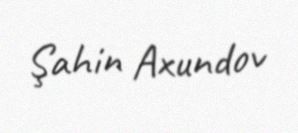
Şahin Axundov